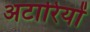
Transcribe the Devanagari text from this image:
अटारियों